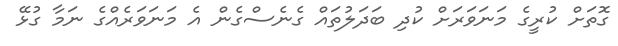
ގޮތަށް ކުރީގެ މަނަވަރަށް ކުދި ބަދަލުތައް ގެނެސްގެން އެ މަނަވަރެއްގެ ނަމާ ގުޅޭ